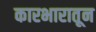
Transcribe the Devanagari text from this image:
कारभारातून